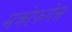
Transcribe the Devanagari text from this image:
मक्रोफगेस